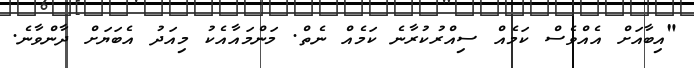
"އިބާއަށް އެއްވެސް ކަމެއް ސިއްރުކުރާނެ ކަމެއް ނެތް. މަންމައާއެކު މިއަދު އެބަޔަށް ދާންވާނެ.